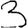
Digit: 3